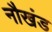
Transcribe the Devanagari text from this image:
नौखंड